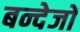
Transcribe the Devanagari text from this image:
बन्देजों